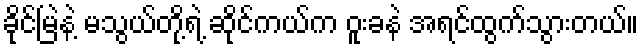
ခိုင်မြဲနဲ့ မသွယ်တို့ရဲ့ ဆိုင်ကယ်က ဝူးခနဲ အရင်ထွက်သွားတယ်။